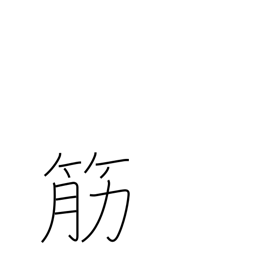
Meaning: descent